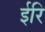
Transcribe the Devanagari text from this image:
ईरि